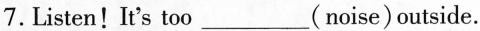
7. Listen！It's too___(noise)outside.